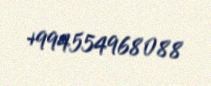
+994554968088